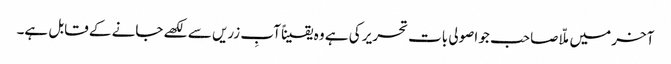
آخر میں ملّا صاحب جو اصولی بات تحریر کی ہے وہ یقیناً آبِ زریں سے لکھے جانے کے قابل ہے۔